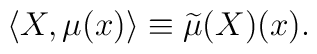
\langle X,\mu(x)\rangle\equiv\widetilde{\mu}(X)(x).